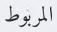
المربوط